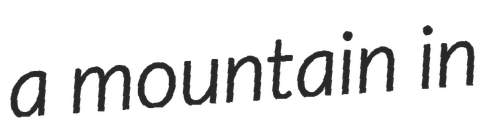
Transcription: a mountain in